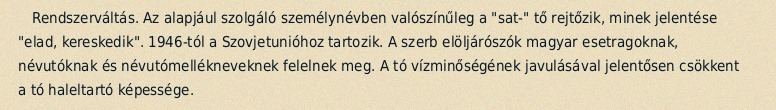
Rendszerváltás. Az alapjául szolgáló személynévben valószínűleg a "sat-" tő rejtőzik, minek jelentése "elad, kereskedik". 1946-tól a Szovjetunióhoz tartozik. A szerb elöljárószók magyar esetragoknak, névutóknak és névutómellékneveknek felelnek meg. A tó vízminőségének javulásával jelentősen csökkent a tó haleltartó képessége.